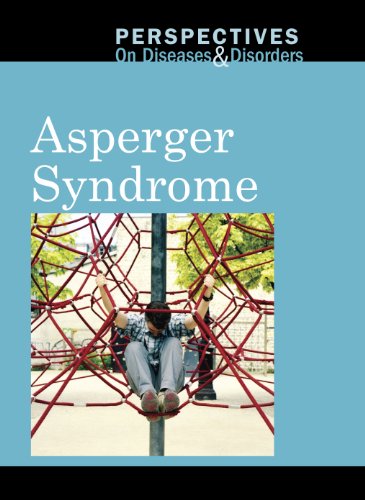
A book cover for Asperger Syndrome (Perspectives on Diseases and Disorders); Arthur Gillard; Teen & Young Adult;